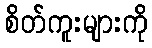
စိတ်ကူးများကို